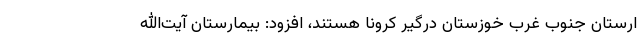
ارستان جنوب غرب خوزستان درگیر کرونا هستند، افزود: بیمارستان آیت‌الله